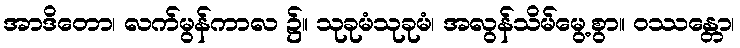
အာဒိတော၊ လက်မွန်ကာလ ၌။ သုခုမံသုခုမံ၊ အလွန်သိမ်မွေ့စွာ။ ဝဿန္တော၊